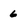
Character: 6